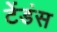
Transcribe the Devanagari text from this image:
टेंडंस